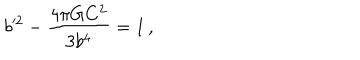
b ^ { 2 } - { \frac { 4 \pi G C ^ { 2 } } { 3 b ^ { 4 } } } = 1 \, ,